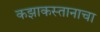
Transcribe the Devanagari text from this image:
कझाकस्तानाचा